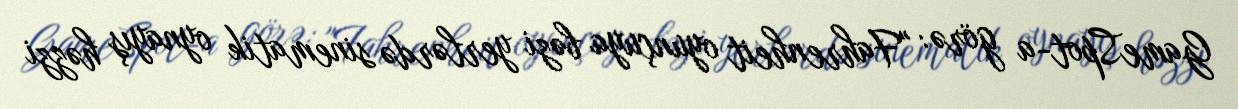
GameSpot-a görə: "Fahrenheit oyunçuya bəzi yerlərdə sinematik oynayış həzzi